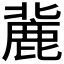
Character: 𪊠